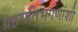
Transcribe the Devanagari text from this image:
ग्रहगतिभगणांशी